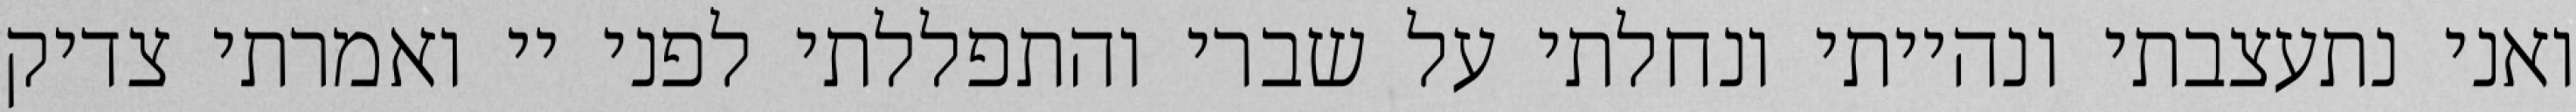
ואני נתעצבתי ונהייתי ונחלתי על שברי והתפללתי לפני יי ואמרתי צדיק